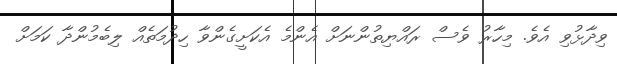
ވިދާޅުވި އެވެ. މިހާރު ވެސް ރައްޔިތުންނަށް އެންމެ އެކަށީގެންވާ ހިދުމަތެއް ލިބެމުންދާ ކަމަށް